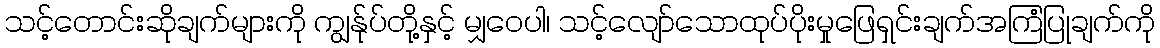
သင့်တောင်းဆိုချက်များကို ကျွန်ုပ်တို့နှင့် မျှဝေပါ၊ သင့်လျော်သောထုပ်ပိုးမှုဖြေရှင်းချက်အကြံပြုချက်ကို